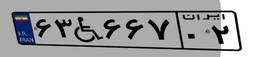
۶۳W۶۶۷۰۲